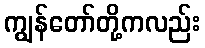
ကျွန်တော်တို့ကလည်း